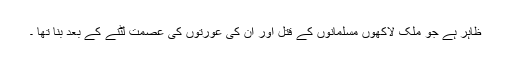
ظاہر ہے جو ملک لاکھوں مسلمانوں کے قتل اور ان کی عورتوں کی عصمت لٹنے کے بعد بنا تھا ۔